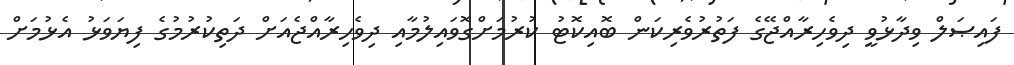
ފައިޞަލް ވިދާޅުވީ ދިވެހިރާއްޖޭގެ ފަތުރުވެރިކަން ބޮއިކޮޓު ކުރުމަށްގޮވައިލުމާއި ދިވެހިރާއްޖެއަށް ދަތިކުރުމުގެ ފިޔަވަޅު އެޅުމަށް